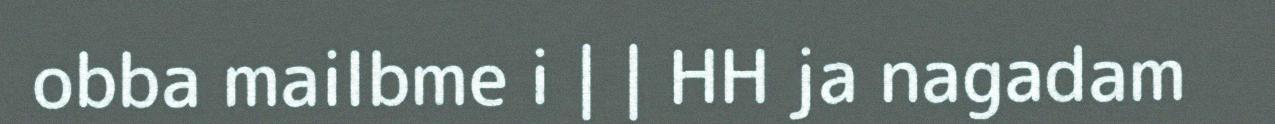
obba mailbme i | | HH ja nagadam